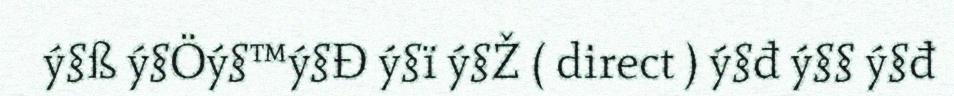
ý§ß ý§Öý§™ý§Đ ý§ï ý§Ž ( direct ) ý§đ ý§§ ý§đ